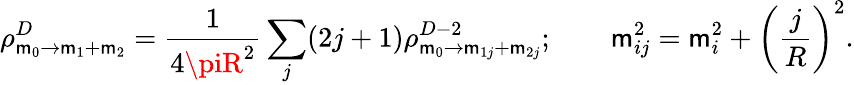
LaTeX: \rho_{\mathsf{m}_{0}\rightarrow\mathsf{m}_{1}+\mathsf{m}_{2}}^{D}=\frac{{1}}{{4\piR^{2}}}\sum_{j}(2j+1)\rho_{\mathsf{m}_{0}\rightarrow\mathsf{m}_{1j}+\mathsf{m}_{2j}}^{D-2};\qquad\mathsf{m}_{ij}^{2}=\mathsf{m}_{i}^{2}+\left(\frac{{j}}{{R}}\right)^{2}.